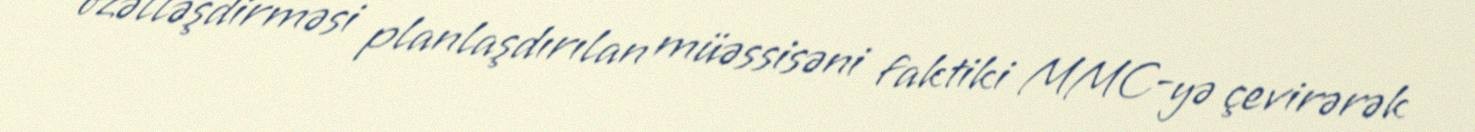
özəlləşdirməsi planlaşdırılan müəssisəni faktiki MMC-yə çevirərək